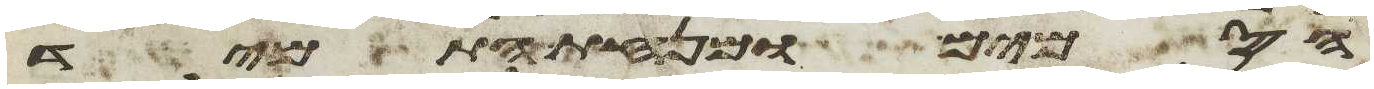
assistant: הסמים ומנחת התמיד